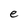
Character: e